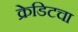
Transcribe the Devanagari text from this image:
क्रेडिटचा